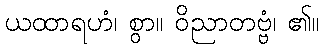
ယထာရဟံ၊ စွာ။ ဝိညာတဗ္ဗံ၊ ၏။